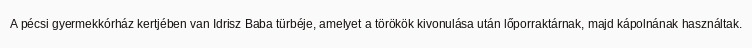
A pécsi gyermekkórház kertjében van Idrisz Baba türbéje, amelyet a törökök kivonulása után lőporraktárnak, majd kápolnának használtak.